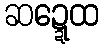
ဆဍ္ဍေထ